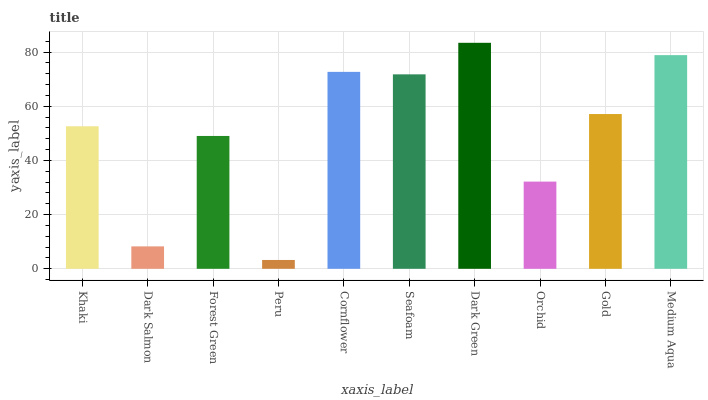
| xaxis_label | bars |
 | --- | --- |
 | Khaki | 52.6 |
 | Dark Salmon | 8.28 |
 | Forest Green | 49.1 |
 | Peru | 3.26 |
 | Cornflower | 72.7 |
 | Seafoam | 71.8 |
 | Dark Green | 83.5 |
 | Orchid | 32.2 |
 | Gold | 57.2 |
 | Medium Aqua | 78.9 |